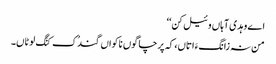
اے وہدی آہاں وئیل کن‘‘
من نہ زانگءَ اتاں، کہ پرچا گوں ناکواں گندُک کنَگ لوٹاں۔